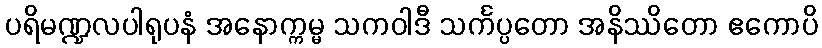
ပရိမဏ္ဍလပါရုပနံ အနောက္ကမ္မ သကဝါဒီ သင်္ကပ္ပတော အနိဿိတော ဧကောပိ